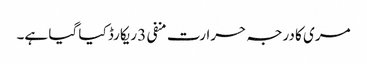
مری کا درجہ حرارت منفی 3 ریکارڈ کیا گیا ہے۔